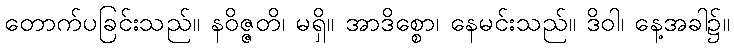
တောက်ပခြင်းသည်။ နဝိဇ္ဇတိ၊ မရှိ။ အာဒိစ္စော၊ နေမင်းသည်။ ဒိဝါ၊ နေ့အခါ၌။